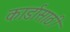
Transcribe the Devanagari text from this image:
कार्डासाठी